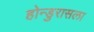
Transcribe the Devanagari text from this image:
होन्डुरासला